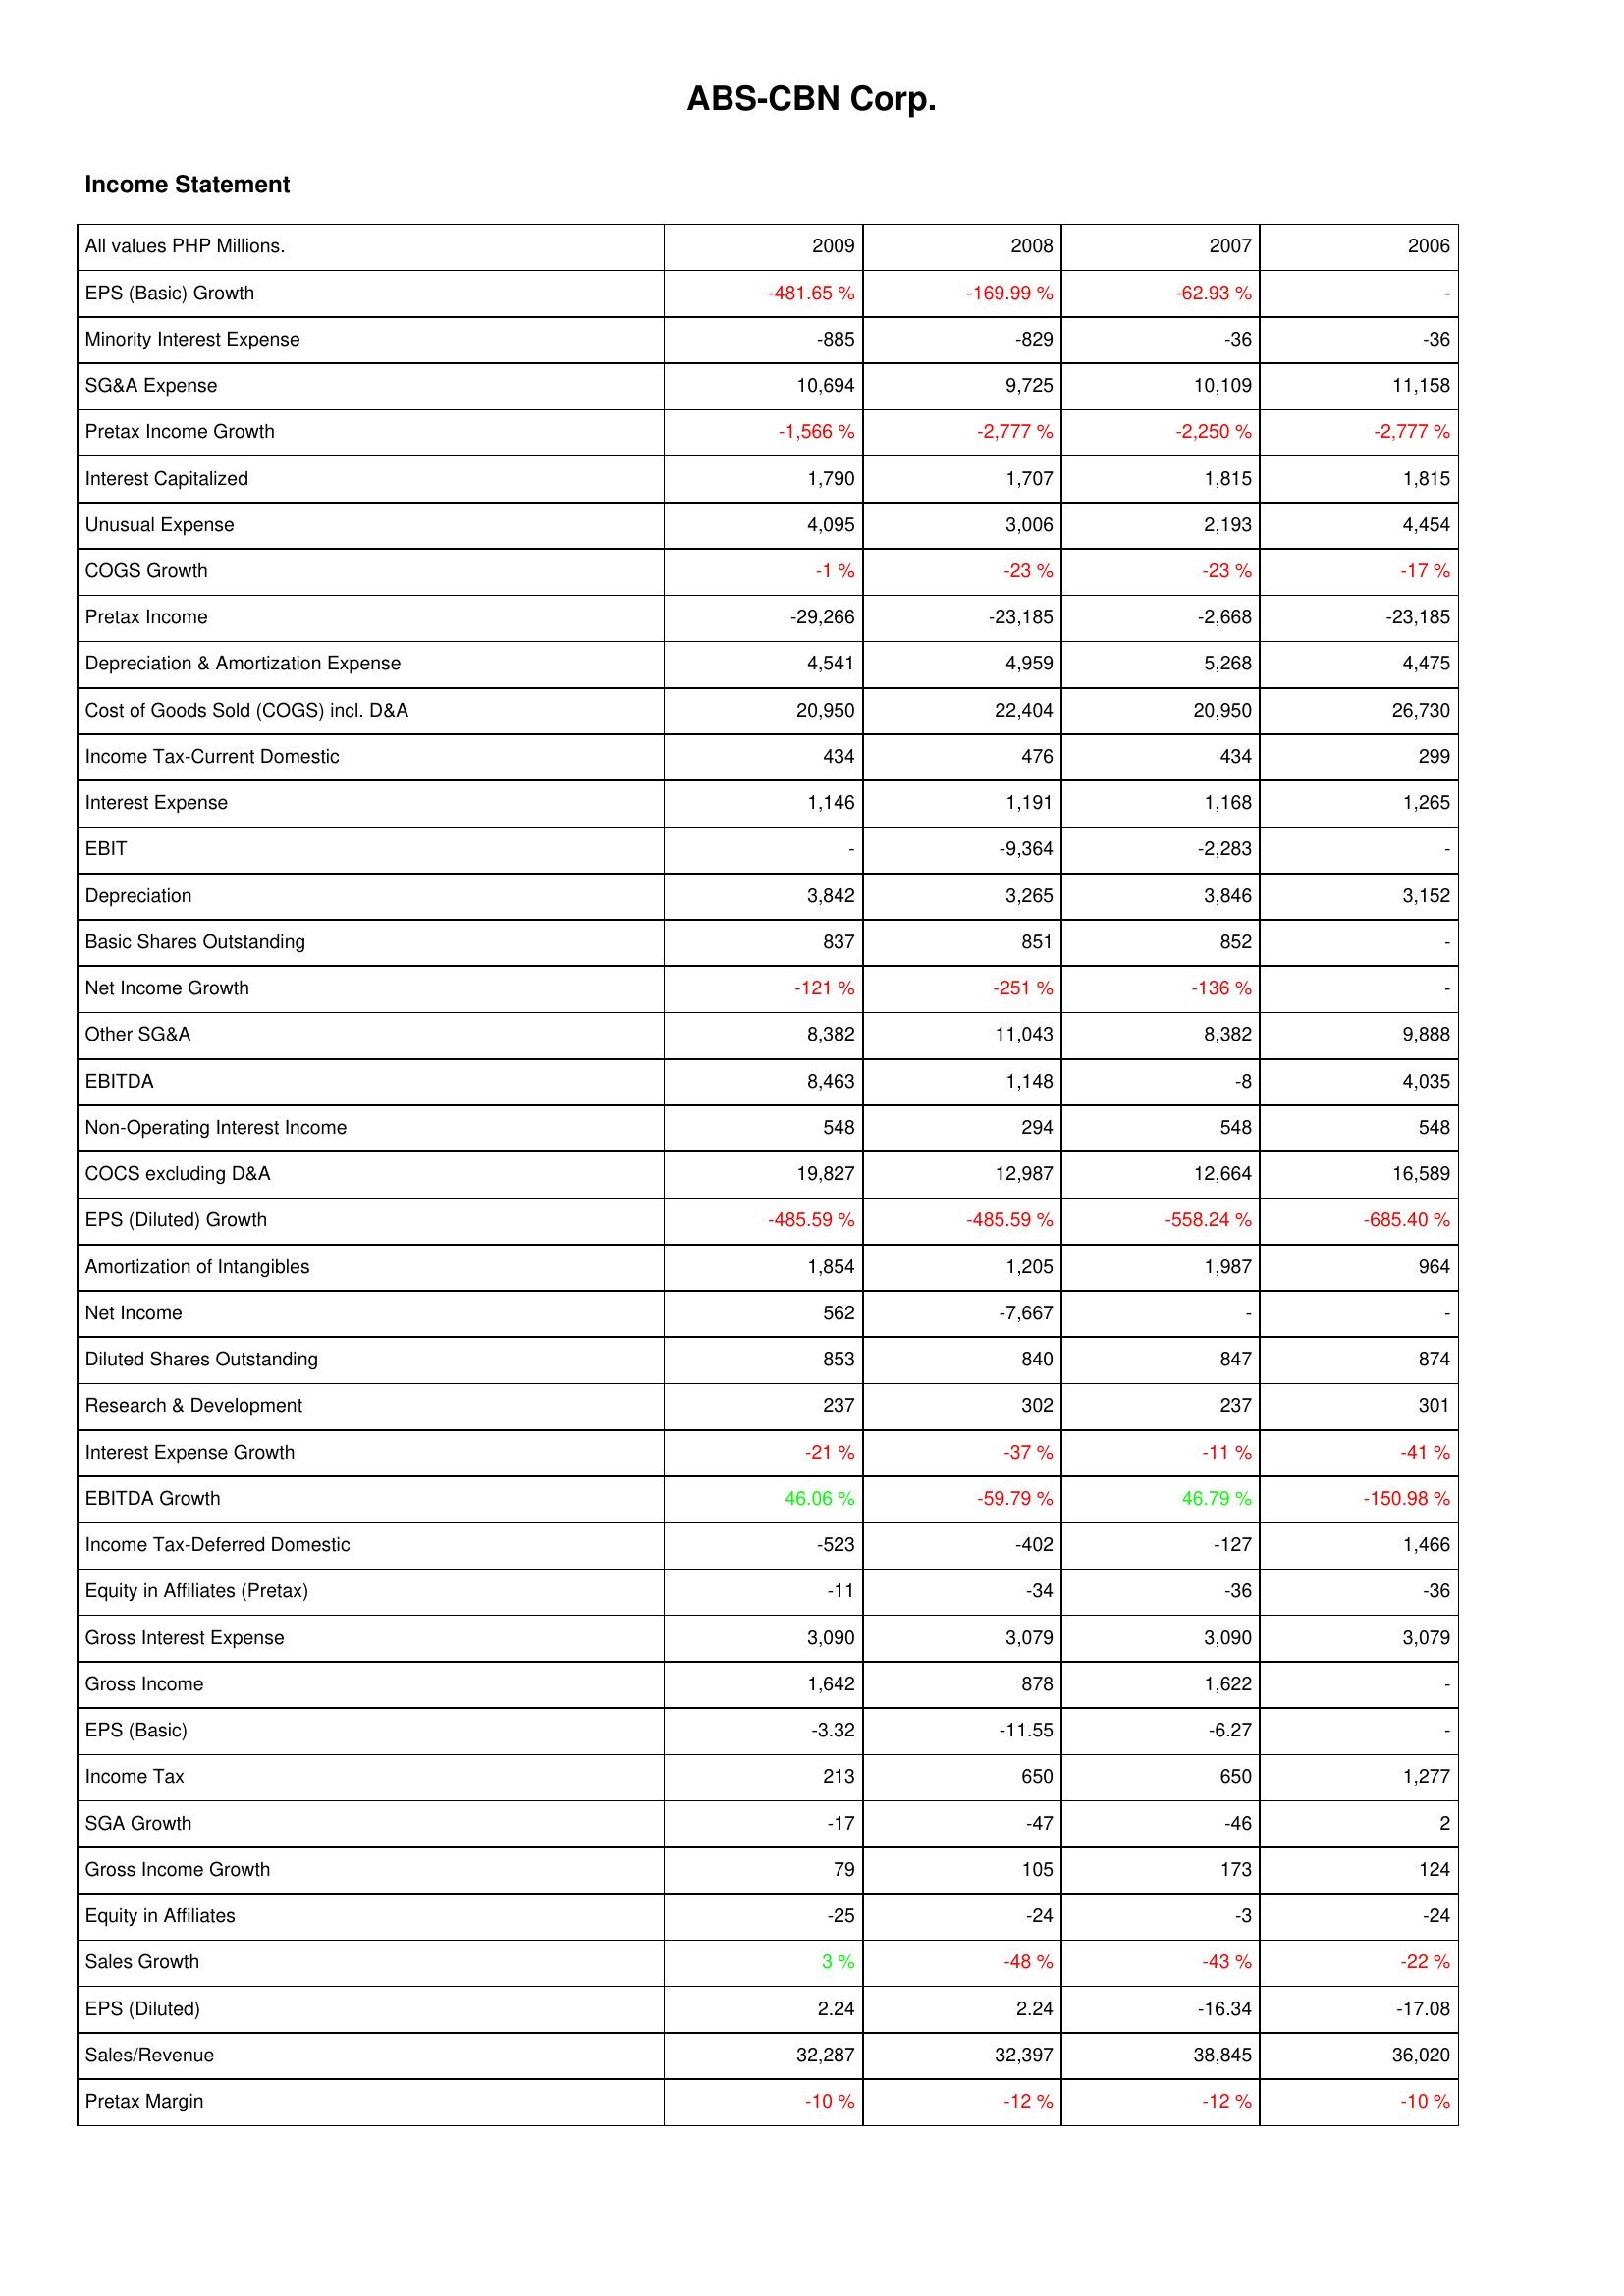
2009: Income Statement: EPS (Basic) Growth: -481.65 %
Minority Interest Expense: -885
SG&A Expense: 10,694
Pretax Income Growth: -1,566 %
Interest Capitalized: 1,790
Unusual Expense: 4,095
COGS Growth: -1 %
Pretax Income: -29,266
Depreciation & Amortization Expense: 4,541
Cost of Goods Sold (COGS) incl. D&A: 20,950
Income Tax-Current Domestic: 434
Interest Expense: 1,146
EBIT: -
Depreciation: 3,842
Basic Shares Outstanding: 837
Net Income Growth: -121 %
Other SG&A: 8,382
EBITDA: 8,463
Non-Operating Interest Income: 548
COCS excluding D&A: 19,827
EPS (Diluted) Growth: -485.59 %
Amortization of Intangibles: 1,854
Net Income: 562
Diluted Shares Outstanding: 853
Research & Development: 237
Interest Expense Growth: -21 %
EBITDA Growth: 46.06 %
Income Tax-Deferred Domestic: -523
Equity in Affiliates (Pretax): -11
Gross Interest Expense: 3,090
Gross Income: 1,642
EPS (Basic): -3.32
Income Tax: 213
SGA Growth: -17
Gross Income Growth: 79
Equity in Affiliates: -25
Sales Growth: 3 %
EPS (Diluted): 2.24
Sales/Revenue: 32,287
Pretax Margin: -10 %
2008: Income Statement: EPS (Basic) Growth: -169.99 %
Minority Interest Expense: -829
SG&A Expense: 9,725
Pretax Income Growth: -2,777 %
Interest Capitalized: 1,707
Unusual Expense: 3,006
COGS Growth: -23 %
Pretax Income: -23,185
Depreciation & Amortization Expense: 4,959
Cost of Goods Sold (COGS) incl. D&A: 22,404
Income Tax-Current Domestic: 476
Interest Expense: 1,191
EBIT: -9,364
Depreciation: 3,265
Basic Shares Outstanding: 851
Net Income Growth: -251 %
Other SG&A: 11,043
EBITDA: 1,148
Non-Operating Interest Income: 294
COCS excluding D&A: 12,987
EPS (Diluted) Growth: -485.59 %
Amortization of Intangibles: 1,205
Net Income: -7,667
Diluted Shares Outstanding: 840
Research & Development: 302
Interest Expense Growth: -37 %
EBITDA Growth: -59.79 %
Income Tax-Deferred Domestic: -402
Equity in Affiliates (Pretax): -34
Gross Interest Expense: 3,079
Gross Income: 878
EPS (Basic): -11.55
Income Tax: 650
SGA Growth: -47
Gross Income Growth: 105
Equity in Affiliates: -24
Sales Growth: -48 %
EPS (Diluted): 2.24
Sales/Revenue: 32,397
Pretax Margin: -12 %
2007: Income Statement: EPS (Basic) Growth: -62.93 %
Minority Interest Expense: -36
SG&A Expense: 10,109
Pretax Income Growth: -2,250 %
Interest Capitalized: 1,815
Unusual Expense: 2,193
COGS Growth: -23 %
Pretax Income: -2,668
Depreciation & Amortization Expense: 5,268
Cost of Goods Sold (COGS) incl. D&A: 20,950
Income Tax-Current Domestic: 434
Interest Expense: 1,168
EBIT: -2,283
Depreciation: 3,846
Basic Shares Outstanding: 852
Net Income Growth: -136 %
Other SG&A: 8,382
EBITDA: -8
Non-Operating Interest Income: 548
COCS excluding D&A: 12,664
EPS (Diluted) Growth: -558.24 %
Amortization of Intangibles: 1,987
Net Income: -
Diluted Shares Outstanding: 847
Research & Development: 237
Interest Expense Growth: -11 %
EBITDA Growth: 46.79 %
Income Tax-Deferred Domestic: -127
Equity in Affiliates (Pretax): -36
Gross Interest Expense: 3,090
Gross Income: 1,622
EPS (Basic): -6.27
Income Tax: 650
SGA Growth: -46
Gross Income Growth: 173
Equity in Affiliates: -3
Sales Growth: -43 %
EPS (Diluted): -16.34
Sales/Revenue: 38,845
Pretax Margin: -12 %
2006: Income Statement: EPS (Basic) Growth: -
Minority Interest Expense: -36
SG&A Expense: 11,158
Pretax Income Growth: -2,777 %
Interest Capitalized: 1,815
Unusual Expense: 4,454
COGS Growth: -17 %
Pretax Income: -23,185
Depreciation & Amortization Expense: 4,475
Cost of Goods Sold (COGS) incl. D&A: 26,730
Income Tax-Current Domestic: 299
Interest Expense: 1,265
EBIT: -
Depreciation: 3,152
Basic Shares Outstanding: -
Net Income Growth: -
Other SG&A: 9,888
EBITDA: 4,035
Non-Operating Interest Income: 548
COCS excluding D&A: 16,589
EPS (Diluted) Growth: -685.40 %
Amortization of Intangibles: 964
Net Income: -
Diluted Shares Outstanding: 874
Research & Development: 301
Interest Expense Growth: -41 %
EBITDA Growth: -150.98 %
Income Tax-Deferred Domestic: 1,466
Equity in Affiliates (Pretax): -36
Gross Interest Expense: 3,079
Gross Income: -
EPS (Basic): -
Income Tax: 1,277
SGA Growth: 2
Gross Income Growth: 124
Equity in Affiliates: -24
Sales Growth: -22 %
EPS (Diluted): -17.08
Sales/Revenue: 36,020
Pretax Margin: -10 %